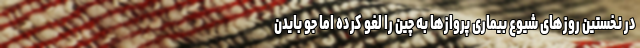
در نخستین روزهای شیوع بیماری پروازها به چین را لغو کرده اما جو بایدن